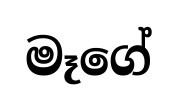
මෑගේ